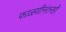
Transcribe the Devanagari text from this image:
फाळणीनंतरही